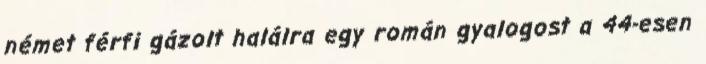
német férfi gázolt halálra egy román gyalogost a 44-esen